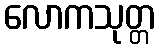
လောကသုတ္တ